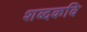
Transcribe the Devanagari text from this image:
शब्दकवि